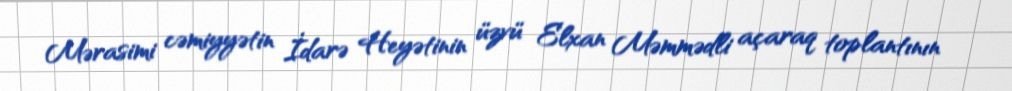
Mərasimi cəmiyyətin İdarə Heyətinin üzvü Elxan Məmmədli açaraq toplantının